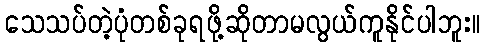
သေသပ်တဲ့ပုံတစ်ခုရဖို့ဆိုတာမလွယ်ကူနိုင်ပါဘူး။